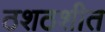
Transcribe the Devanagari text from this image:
ठशठशीत